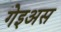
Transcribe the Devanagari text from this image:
गेइअस